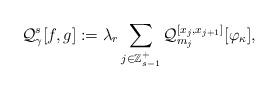
LaTeX: \begin{align*} \mathcal{Q}_{\gamma}^{s}[f,g]:=\lambda_r\sum_{j\in\mathbb{Z}_{s-1}^+}\mathcal{Q}_{m_j}^{[x_j,x_{j+1}]}[\varphi_\kappa],\end{align*}